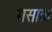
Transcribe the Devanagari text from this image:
मसाळ